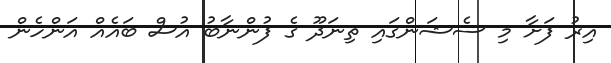
އިރު ފަށާ މި ސެޝަންގައި ތިނަދޫ ގެ ފުންނާބު އުސް ބައެއް އަންހެން